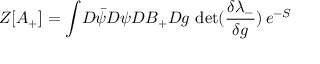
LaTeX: Z [ A _ { + } ] = \int \! D \bar { \psi } D \psi D B _ { + } D g \, \, \mathrm { d e t } ( \frac { \delta \lambda _ { - } } { \delta g } ) \, e ^ { - S }